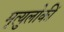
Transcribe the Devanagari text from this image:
मृत्युलोकीं